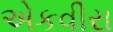
એકવીરા